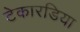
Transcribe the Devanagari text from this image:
टेकारडिया